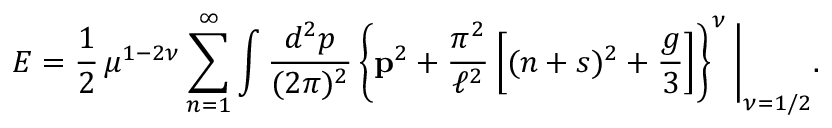
{ \cal E } = \frac { 1 } { 2 } \, \mu ^ { 1 - 2 \nu } \sum _ { n = 1 } ^ { \infty } \int \frac { d ^ { 2 } p } { ( 2 \pi ) ^ { 2 } } \left\{ { \bf p } ^ { 2 } + \frac { \pi ^ { 2 } } { \ell ^ { 2 } } \left[ ( n + s ) ^ { 2 } + \frac { g } { 3 } \right] \right\} ^ { \nu } \Bigg | _ { \nu = 1 / 2 } .